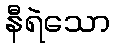
နီရဲသော